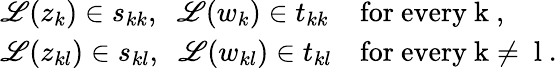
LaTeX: \begin{array}{r}{\begin{array}{ll}{\mathscr{L}(z_{k})\in s_{kk},\; \; \mathscr{L}(w_{k})\in t_{kk}}&{\mathrm{for~every~k~},}\\ {\mathscr{L}(z_{kl})\in s_{kl},\; \; \mathscr{L}(w_{kl})\in t_{kl}}&{\mathrm{for~every~k\ne~l~}.}\end{array}}\end{array}